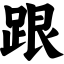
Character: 跟